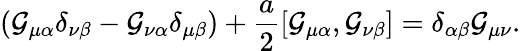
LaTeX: (\mathcal{G}_{\mu\alpha}\delta_{\nu\beta}-\mathcal{G}_{\nu\alpha}\delta_{\mu\beta})+\frac{{a}}{{2}}[\mathcal{G}_{\mu\alpha},\mathcal{G}_{\nu\beta}]=\delta_{\alpha\beta}\mathcal{G}_{\mu\nu}.